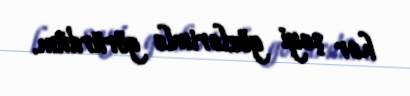
hər şeyi gözlərimlə görürdüm.